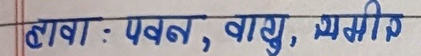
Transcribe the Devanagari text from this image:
बाबा : पवन, वायु, समीर